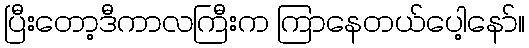
ပြီးတော့ဒီကာလကြီးက ကြာနေတယ်ပေါ့နော်။